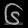
Digit: ၆